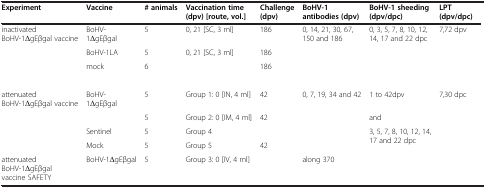
| Experiment | Vaccine | # animals | Vaccination time (dpv) [route, vol.] | Challenge (dpv) | BoHV-1 antibodies (dpv) | BoHV-1 sheeding (dpv/dpc) | LPT (dpv/dpc) |
 | --- | --- | --- | --- | --- | --- | --- | --- |
 | <ROWSPAN=4> inactivated BoHV-1ΔgEβgal vaccine | BoHV-1ΔgEβgal | 5 | 0, 21 [SC, 3 ml] | 186 | <ROWSPAN=4> 0, 14, 21, 30, 67, 150 and 186 | <ROWSPAN=4> 0, 3, 5, 7, 8, 10, 12, 14, 17 and 22 dpc | <ROWSPAN=4> 7,72 dpv |
 | BoHV-1LA | 5 | <ROWSPAN=3> 0, 21 [SC, 3 ml] | 186 |
 | <ROWSPAN=2> mock | 6 | 186 |
 |  |  |
 | <ROWSPAN=4> attenuated BoHV-1ΔgEβgal vaccine | BoHV-1ΔgEβgal | 5 | Group 1: 0 [IN, 4 ml] | 42 | 0, 7, 19, 34 and 42 | 1 to 42dpv | <ROWSPAN=4> 7,30 dpc |
 |  | 5 | Group 2: 0 [IM, 4 ml] | 42 |  | and |
 | Sentinel | 5 | Group 4 |  |  | <ROWSPAN=2> 3, 5, 7, 8, 10, 12, 14, 17 and 22 dpc |
 | Mock | 5 | Group 5 | 42 |  |
 | attenuated BoHV-1ΔgEβgal vaccine SAFETY | BoHV-1ΔgEβgal | 5 | Group 3: 0 [IV, 4 ml] |  | along 370 |  |  |